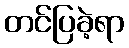
တင်ပြခဲ့ရာ